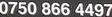
0750 866 4497